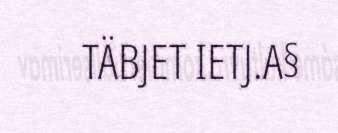
TÄBJET IETJ.A§